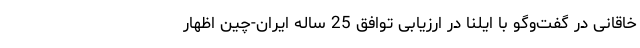
خاقانی در گفت‌وگو با ایلنا در ارزیابی توافق 25 ساله ایران-چین اظهار